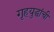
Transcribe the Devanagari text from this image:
गृहयुद्धांची